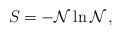
\begin{align*} S = - {\cal N} \ln {\cal N} \,,\end{align*}